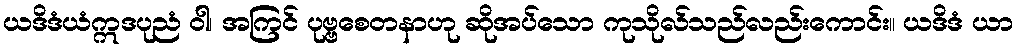
ယဒိဒံယံဣဒပုညံ ဝါ၊ အကြင် ပုဗ္ဗစေတနာဟု ဆိုအပ်သော ကုသိုလ်သည်လည်းကောင်း။ ယဒိဒံ ယာ